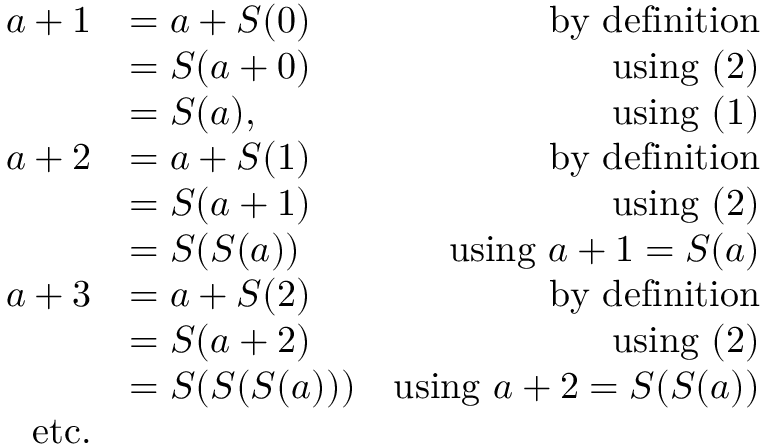
{ \begin{array} { r l r } { a + 1 } & { = a + S ( 0 ) } & { { \mathrm { b y ~ d e f i n i t i o n } } } \\ & { = S ( a + 0 ) } & { { \mathrm { u s i n g ~ ( 2 ) } } } \\ & { = S ( a ) , } & { { \mathrm { u s i n g ~ ( 1 ) } } } \\ { a + 2 } & { = a + S ( 1 ) } & { { \mathrm { b y ~ d e f i n i t i o n } } } \\ & { = S ( a + 1 ) } & { { \mathrm { u s i n g ~ ( 2 ) } } } \\ & { = S ( S ( a ) ) } & { { \mathrm { u s i n g ~ } } a + 1 = S ( a ) } \\ { a + 3 } & { = a + S ( 2 ) } & { { \mathrm { b y ~ d e f i n i t i o n } } } \\ & { = S ( a + 2 ) } & { { \mathrm { u s i n g ~ ( 2 ) } } } \\ & { = S ( S ( S ( a ) ) ) } & { { \mathrm { u s i n g ~ } } a + 2 = S ( S ( a ) ) } \\ { { \mathrm { e t c . } } } & { } \end{array} }